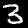
Label: 3